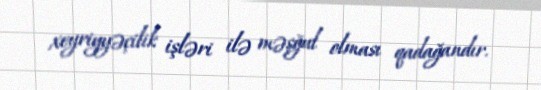
xeyriyyəçilik işləri ilə məşğul olması qadağandır.